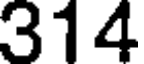
314